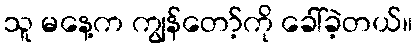
သူ မနေ့က ကျွန်တော့်ကို ခေါ်ခဲ့တယ်။